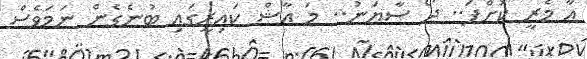
އާ މެރީ ކޮށްފަ.. ދޯ ސާޔަނު.. މަ އާޝް ކައިރީގައި ބުނެގެން ނަމަވެސް